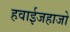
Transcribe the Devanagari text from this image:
हवाईजहाजो